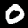
Label: 0